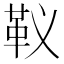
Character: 𩉠